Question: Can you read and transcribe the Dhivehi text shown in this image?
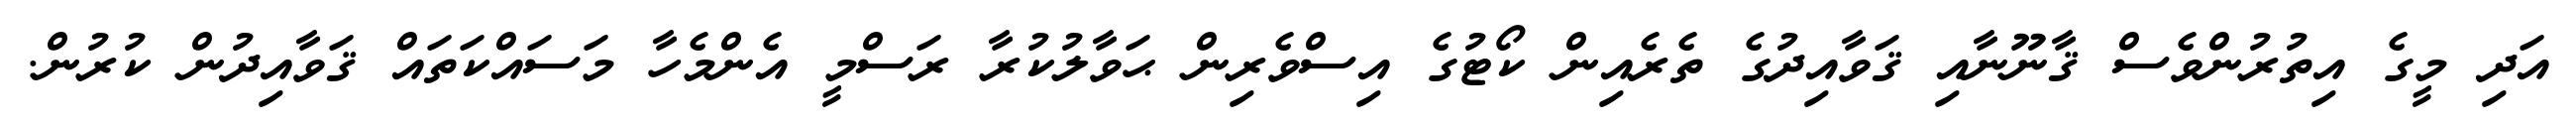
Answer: އަދި މީގެ އިތުރުންވެސް ޤާނޫނާއި ޤަވާއިދުގެ ތެރެއިން ކޯޓުގެ އިސްވެރިން ޙަވާލުކުރާ ރަސްމީ އެންމެހާ މަސައްކަތައް ޤަވާއިދުން ކުރުން.